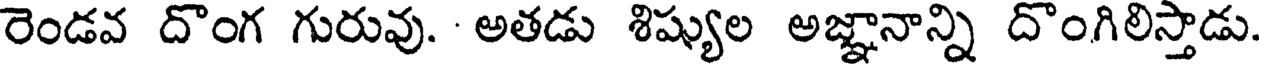
రెండవ దొంగ గురువు. అతడు శిష్యుల అజ్ఞానాన్ని దొంగిలిస్తాడు.